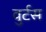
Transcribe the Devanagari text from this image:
वुर्टस